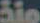
منذ